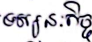
ទស្សនៈកិច្ច